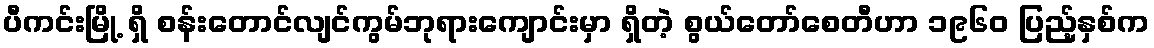
ပီကင်းမြို့ ရှိ စန်းတောင်လျင်ကွမ်ဘုရားကျောင်းမှာ ရှိတဲ့ စွယ်တော်စေတီဟာ ၁၉၆၀ ပြည့်နှစ်က